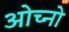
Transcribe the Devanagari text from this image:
ओच्नो